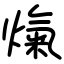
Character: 熂